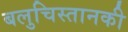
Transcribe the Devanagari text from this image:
बलुचिस्तानकी